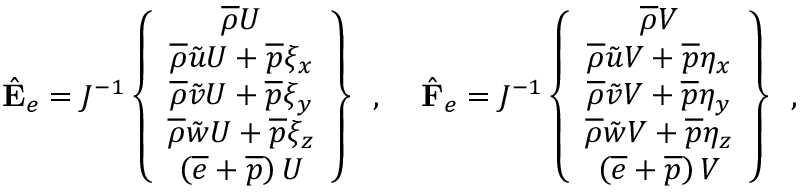
\begin{array} { r l r } { \hat { \mathbf { E } } _ { e } = J ^ { - 1 } \left\{ \begin{array} { c } { \overline { { \rho } } U } \\ { \overline { { \rho } } \tilde { u } U + \overline { { p } } \xi _ { x } } \\ { \overline { { \rho } } \tilde { v } U + \overline { { p } } \xi _ { y } } \\ { \overline { { \rho } } \tilde { w } U + \overline { { p } } \xi _ { z } } \\ { \left( \overline { { e } } + \overline { { p } } \right) U } \end{array} \right\} \, \mathrm { ~ , ~ } } & { { } \hat { \mathbf { F } } _ { e } = J ^ { - 1 } \left\{ \begin{array} { c } { \overline { { \rho } } V } \\ { \overline { { \rho } } \tilde { u } V + \overline { { p } } \eta _ { x } } \\ { \overline { { \rho } } \tilde { v } V + \overline { { p } } \eta _ { y } } \\ { \overline { { \rho } } \tilde { w } V + \overline { { p } } \eta _ { z } } \\ { \left( \overline { { e } } + \overline { { p } } \right) V } \end{array} \right\} \, \mathrm { ~ , ~ } } & { } \end{array}